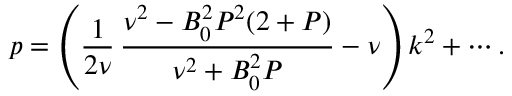
p = \left( \frac { 1 } { 2 \nu } \, \frac { \nu ^ { 2 } - B _ { 0 } ^ { 2 } P ^ { 2 } ( 2 + P ) } { \nu ^ { 2 } + B _ { 0 } ^ { 2 } P } - \nu \right) k ^ { 2 } + \cdots .